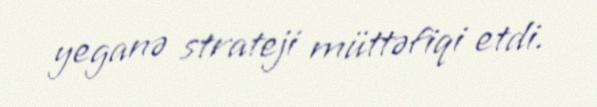
yeganə strateji müttəfiqi etdi.